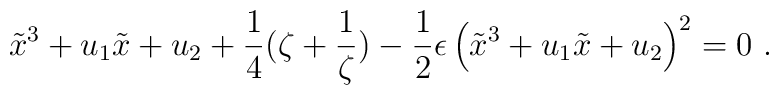
\tilde{x}^3 + u_1 \tilde{x} + u_2 + \frac{1}{4} (\zeta + \frac{1}{\zeta})-\frac{1}{2}\epsilon\left( \tilde{x}^3 + u_1 \tilde{x} + u_2 \right)^2 = 0 \ .